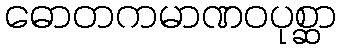
ဓောတကမာဏဝပုစ္ဆာ